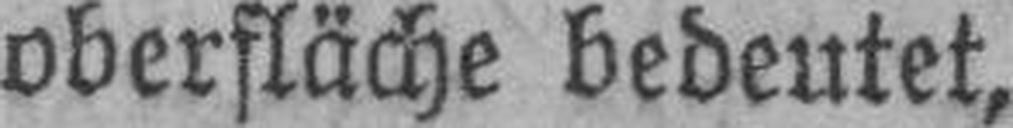
oberfläche bedeutet,